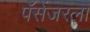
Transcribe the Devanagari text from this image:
पॅसेंजरला